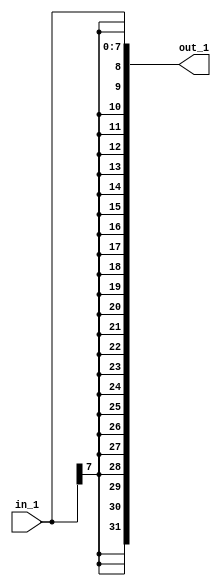
// Modelling based on replicating operator.

module top_module(in_1, out_1);

	input [7:0] in_1;
	output [31:0] out_1;

	assign out_1 = {{24{in_1[7]}}, in_1};

endmodule